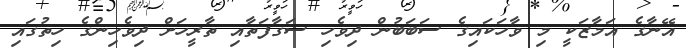
އޭނާގެ އަމާޒަކީ މި ވާހަކައިގެ ސަބަބުން ދިވެހި ސަގާފަތާއި ތާރީހަށް ދިވެހިންގެ ހިތުގައި